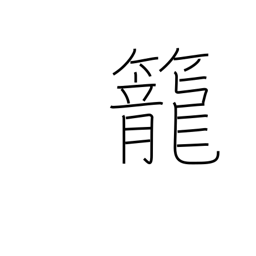
Meaning: coop